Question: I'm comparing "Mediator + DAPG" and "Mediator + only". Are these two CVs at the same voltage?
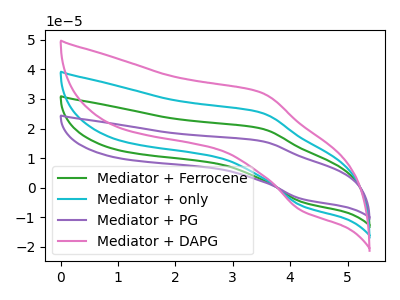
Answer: <think>The green curve "Mediator + Ferrocene" has an anodic peak at (3.50V, 50.60uA) and a cathodic peak at (4.20V, -12.30uA). The cyan curve "Mediator + only" has an anodic peak at (3.50V, 25.30uA) and a cathodic peak at (4.20V, -6.15uA). The purple curve "Mediator + PG" has an anodic peak at (3.50V, 75.90uA) and a cathodic peak at (4.20V, -18.45uA). The pink curve "Mediator + DAPG" has an anodic peak at (3.50V, 32.10uA) and a cathodic peak at (4.20V, -7.80uA).
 All the peaks in "Mediator + DAPG" have a peak in "Mediator + only" at the same potential. Every peak in "Mediator + DAPG" is higher than every peak in "Mediator + only".</think>
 <answer>"Mediator + DAPG" and "Mediator + only" are similar in shape.</answer>
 <eval>same_shape</eval>